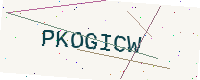
Text: PKOGICW